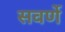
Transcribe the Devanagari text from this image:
सवर्णे